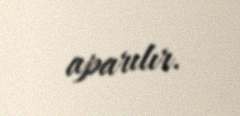
aparılır.